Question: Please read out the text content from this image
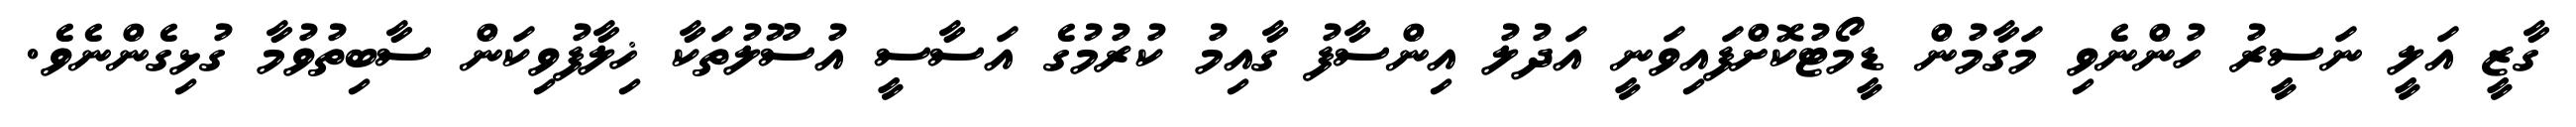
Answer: ގާޒީ އަލީ ނަސީރު ހުންނެވި މަގާމުން ޑީމޯޓުކޮށްފައިވަނީ އަދުލު އިންސާފު ގާއިމު ކުރުމުގެ އަސާސީ އުސޫލުތަކާ ޚިލާފުވިކަން ސާބިތުވުމާ ގުޅިގެންނެވެ.